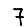
Digit: 7